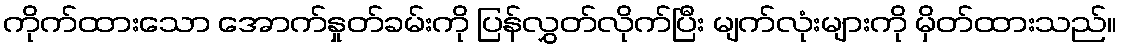
ကိုက်ထားသော အောက်နှုတ်ခမ်းကို ပြန်လွှတ်လိုက်ပြီး မျက်လုံးများကို မှိတ်ထားသည်။